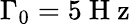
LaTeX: \Gamma_{0}=5\mathrm{~H~z~}